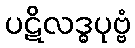
ပဋိလဒ္ဓပုဗ္ဗံ